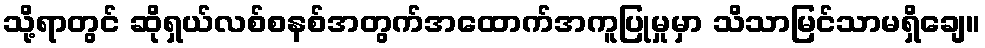
သို့ရာတွင် ဆိုရှယ်လစ်စနစ်အတွက်အထောက်အကူပြုမှုမှာ သိသာမြင်သာမရှိချေ။